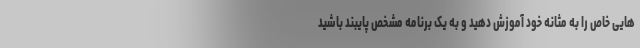
هایی خاص را به مثانه خود آموزش دهید و به یک برنامه مشخص پایبند باشید